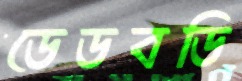
ডেডবডি